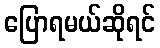
ပြောရမယ်ဆိုရင်